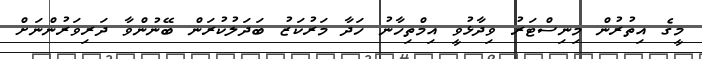
މީގެ އިތުރުން މިނިސްޓަރު ވިދާޅުވީ އިމްތިހާނު ހަދާ މަރުކަޒު ބަދަލުކުރަން ބޭނުންވާ ދަރިވަރުންނަށް